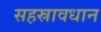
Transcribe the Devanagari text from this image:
सहस्रावधान